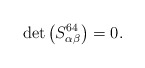
\begin{align*}\det \left( S_{\alpha \beta }^{64}\right) =0. \end{align*}